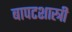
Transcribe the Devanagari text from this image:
बापटशास्त्री